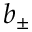
b _ { \pm }